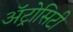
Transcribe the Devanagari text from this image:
अॅट्रोसिटी